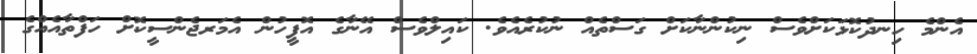
އެންމެ ހިނދުކޮޅަކަށްވެސް ނިކުންނާކަށް ގަސްތެއް ނުކުރެއެވެ. ކައިލްވެސް އޭނާގެ އޮފީހުން އެމަރޖެންސީކޮށް ހަފްތާއެއްގެ